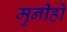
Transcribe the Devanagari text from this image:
मुनीहो